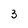
Character: 3